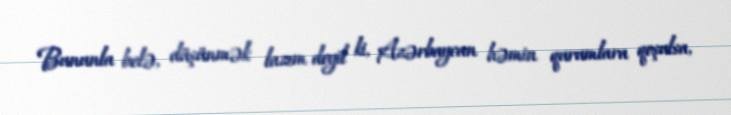
Bununla belə, düşünmək lazım deyil ki, Azərbaycan həmin qurumlara qoşulsa,